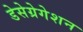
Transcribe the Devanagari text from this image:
डेसेग्रेगेशन